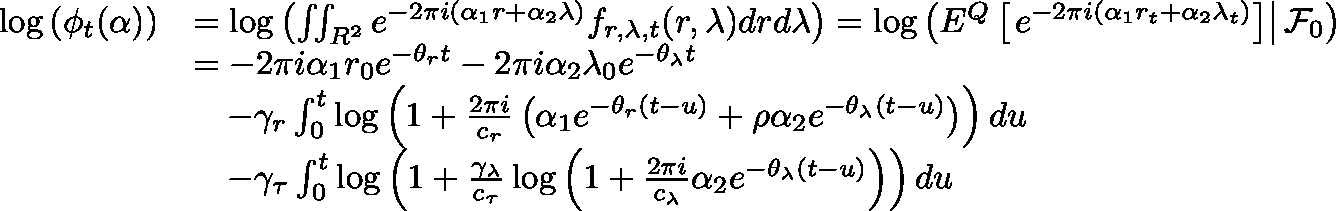
\begin{array} { r l } { \log \left( \phi _ { t } ( \mathbf { \alpha } ) \right) } & { = \log \left( \iint _ { { \mathbb R } ^ { 2 } } e ^ { - 2 \pi i ( \alpha _ { 1 } r + \alpha _ { 2 } \lambda ) } f _ { r , \lambda , t } ( r , \lambda ) d r d \lambda \right) = \log \left( { \mathbb E } ^ { { \mathbb Q } } \left[ \left. e ^ { - 2 \pi i ( \alpha _ { 1 } r _ { t } + \alpha _ { 2 } \lambda _ { t } ) } \right] \right\rvert { \mathcal F } _ { 0 } \right) } \\ & { = - 2 \pi i \alpha _ { 1 } r _ { 0 } e ^ { - \theta _ { r } t } - 2 \pi i \alpha _ { 2 } \lambda _ { 0 } e ^ { - \theta _ { \lambda } t } } \\ & { \ \ \ - \gamma _ { r } \int _ { 0 } ^ { t } \log \left( 1 + \frac { 2 \pi i } { c _ { r } } \left( \alpha _ { 1 } e ^ { - \theta _ { r } ( t - u ) } + \rho \alpha _ { 2 } e ^ { - \theta _ { \lambda } ( t - u ) } \right) \right) d u } \\ & { \ \ \ - \gamma _ { \tau } \int _ { 0 } ^ { t } \log \left( 1 + \frac { \gamma _ { \lambda } } { c _ { \tau } } \log \left( 1 + \frac { 2 \pi i } { c _ { \lambda } } \alpha _ { 2 } e ^ { - \theta _ { \lambda } ( t - u ) } \right) \right) d u } \end{array}